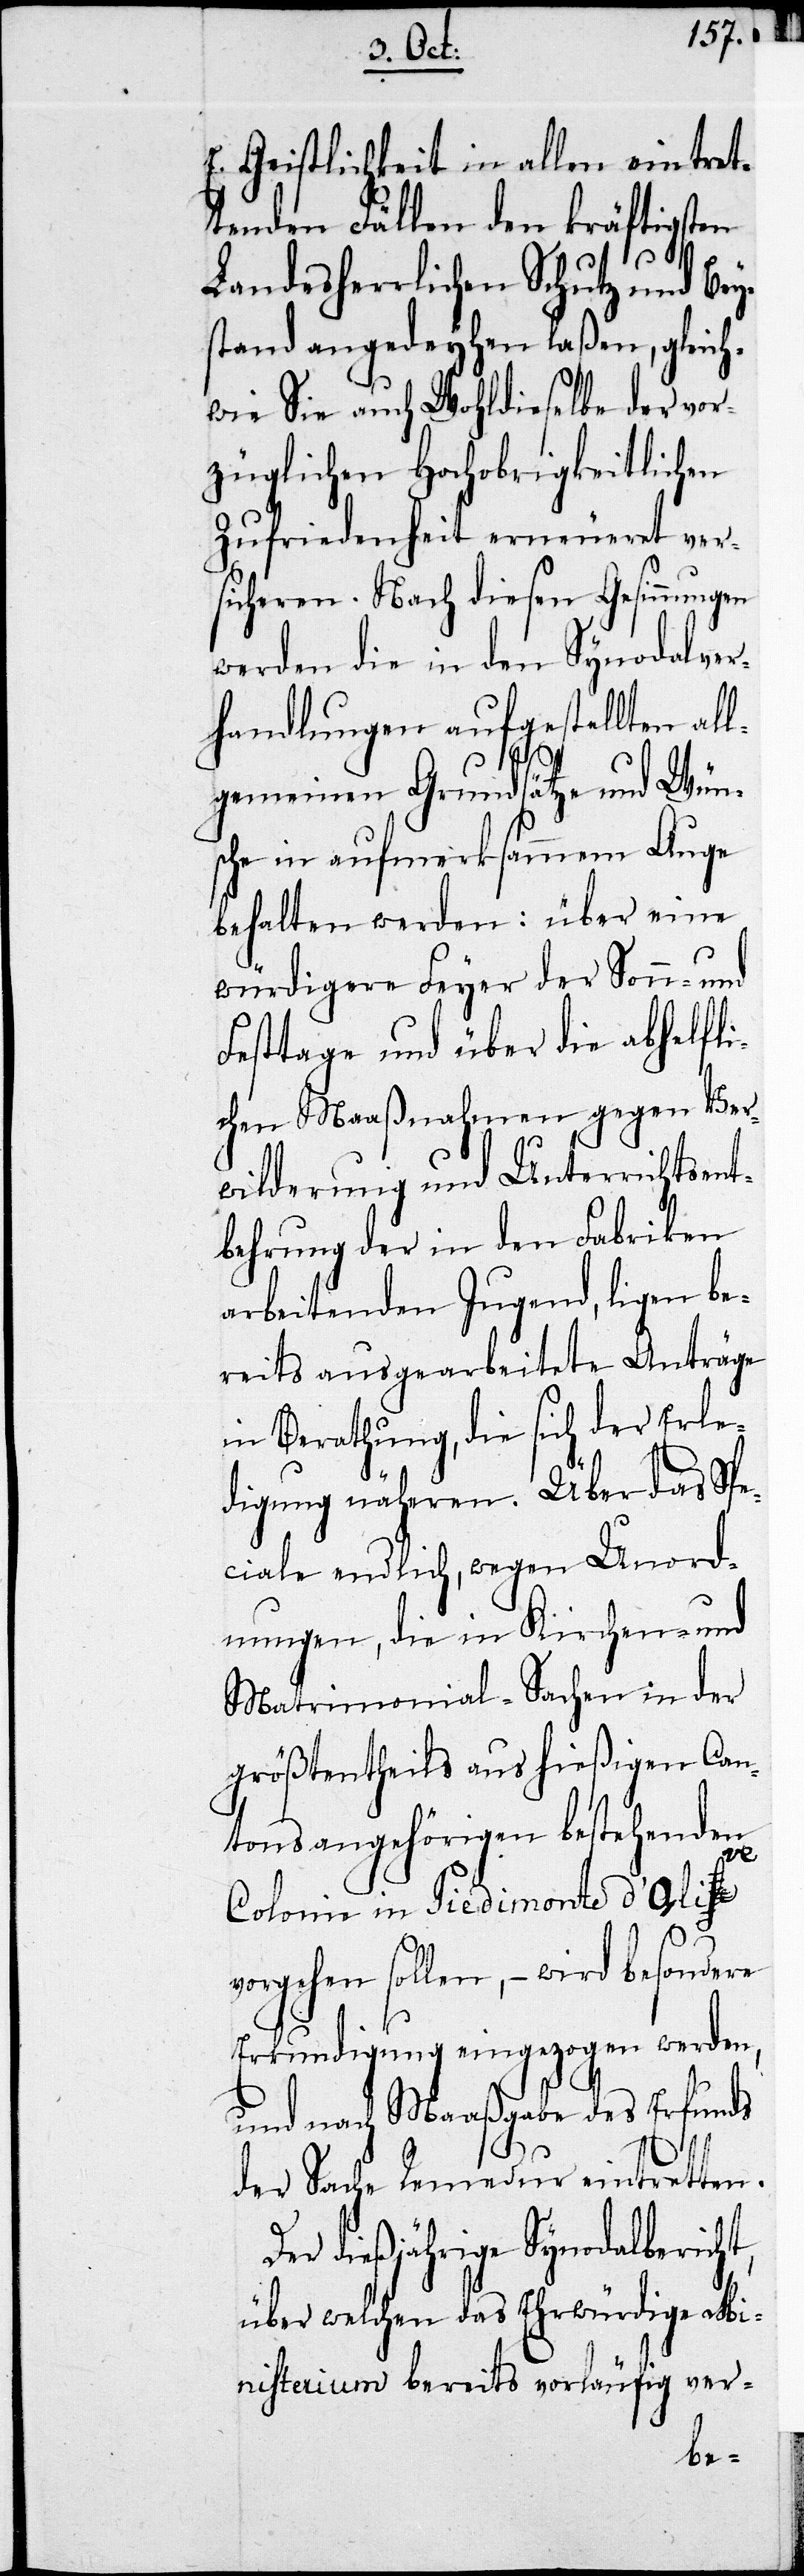
E. Geistlichkeit in allen eintret¬
tenden Fällen den kräftigsten
Landesherrlichen Schutz und Bey¬
stand angedeyhen laßen, gleich¬
wie Sie auch Wohldieselben der vor¬
züglichen Hochobrigkeitlichen
Zufriedenheit erneueret ver¬
sicheren. Nach diesen Gesinnungen
werden die in den Synodalver¬
handlungen aufgestellten all¬
gemeinen Grundsätze und Wün¬
sche in aufmerksammem Auge
behalten werden: über eine
würdigere Feyer der Sonn- und
Festtage und über die abhelfli¬
chen Maaßnahmen gegen Ver¬
wilderung und Unterrichtsent¬
behrung der in den Fabriken
arbeitenden Jugend, ligen be¬
reits ausgearbeitete Anträge
in Berathung, die sich der Erle¬
digung näheren. Über das Spe¬
ciale endlich, wegen Unord¬
nungen, die in Kirchen- und
Matrimonial-Sachen in der
größtentheils aus hießigen Can¬
tonsangehörigen bestehenden
Colonie in Piedimonte d’Alive
vorgehen sollen, – wird besondere
Erkundigung eingezogen werden,
und nach Maaßgabe des Erfunds
der Sache Remedur eintretten.
Der dießjährige Synodalbericht,
über welchen das Ehrwürdige Mi¬
nisterium bereits vorläufig ver-